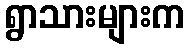
ရွာသားများက